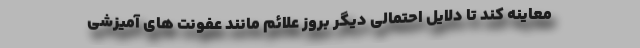
معاینه کند تا دلایل احتمالی دیگر بروز علائم مانند عفونت های آمیزشی